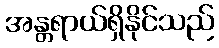
အန္တရာယ်ရှိနိုင်သည်